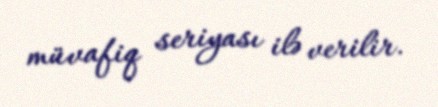
müvafiq seriyası ilə verilir.